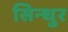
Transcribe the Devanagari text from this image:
सिन्‍धुर